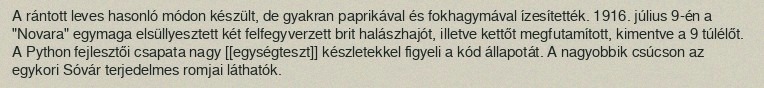
A rántott leves hasonló módon készült, de gyakran paprikával és fokhagymával ízesítették. 1916. július 9-én a "Novara" egymaga elsüllyesztett két felfegyverzett brit halászhajót, illetve kettőt megfutamított, kimentve a 9 túlélőt. A Python fejlesztői csapata nagy [[egységteszt]] készletekkel figyeli a kód állapotát. A nagyobbik csúcson az egykori Sóvár terjedelmes romjai láthatók.